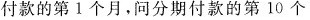
付款的第1个月。问分期付款的第10个